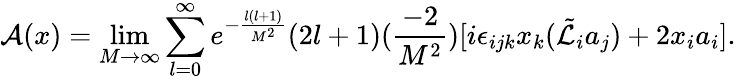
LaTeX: {\cal A}(x)=\operatorname*{lim}_{M\rightarrow\infty}\sum_{l=0}^{\infty}e^{-\frac{l(l+1)}{M^{2}}}(2l+1)(\frac{-2}{M^{2}})[i\epsilon_{ijk}x_{k}(\tilde{\cal L}_{i}a_{j})+2x_{i}a_{i}].